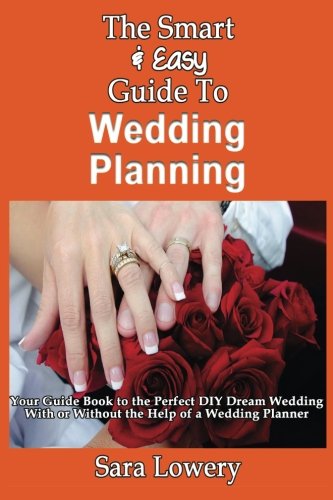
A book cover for The Smart & Easy Guide To Wedding Planning: Your Guide Book to the Perfect DIY Dream Wedding With or Without the Help of a Wedding Planner; Sara Lowery; Crafts, Hobbies & Home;